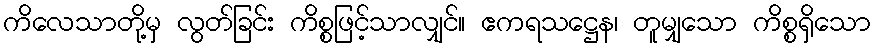
ကိလေသာတို့မှ လွတ်ခြင်း ကိစ္စဖြင့်သာလျှင်။ ဧကရသဋ္ဌေန၊ တူမျှသော ကိစ္စရှိသော